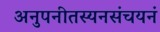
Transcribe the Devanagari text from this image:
अनुपनीतस्यनसंचयनं